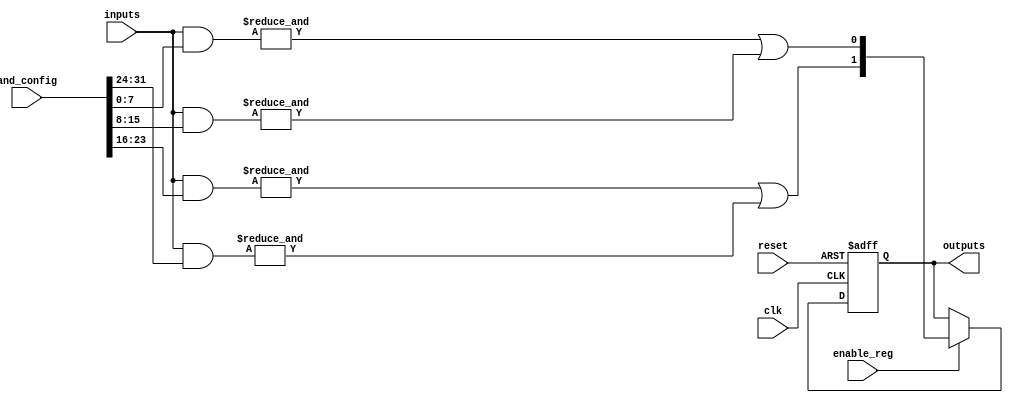
module rpal #(
    parameter NUM_INPUTS = 8,   // Number of input signals
    parameter NUM_AND_GATES = 4, // Number of programmable AND gates
    parameter NUM_OR_GATES = 2    // Number of fixed OR gates
)(
    input wire [NUM_INPUTS-1:0] inputs,                // Input signals
    input wire [NUM_AND_GATES*NUM_INPUTS-1:0] and_config, // Configuration for AND gates
    input wire clk,                                     // Clock signal
    input wire reset,                                   // Reset signal
    input wire enable_reg,                              // Enable register
    output reg [NUM_OR_GATES-1:0] outputs             // Registered outputs
);

// Internal signals
wire [NUM_AND_GATES-1:0] and_outputs;
reg [NUM_OR_GATES-1:0] or_outputs;

// Programmable AND array
genvar i, j;
generate
    for (i = 0; i < NUM_AND_GATES; i = i + 1) begin : and_array
        assign and_outputs[i] = &({inputs[NUM_INPUTS-1:0] & and_config[i*NUM_INPUTS +: NUM_INPUTS]});
    end
endgenerate

// Fixed OR array combining AND outputs
assign or_outputs[0] = and_outputs[0] | and_outputs[1]; // First OR gate: combines 1st and 2nd AND outputs
assign or_outputs[1] = and_outputs[2] | and_outputs[3]; // Second OR gate: combines 3rd and 4th AND outputs

// Registered outputs
always @(posedge clk or posedge reset) begin
    if (reset) begin
        outputs <= 0; // Reset outputs to 0
    end else if (enable_reg) begin
        outputs <= or_outputs; // Capture OR outputs on rising edge of clock
    end
end

endmodule